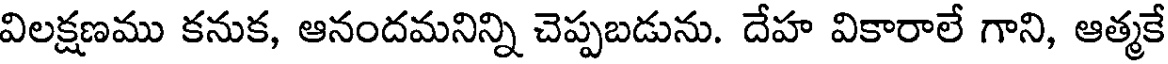
విలక్షణము కనుక, ఆనందమనిన్ని చెప్పబడును. దేహ వికారాలే గాని, ఆత్మకే